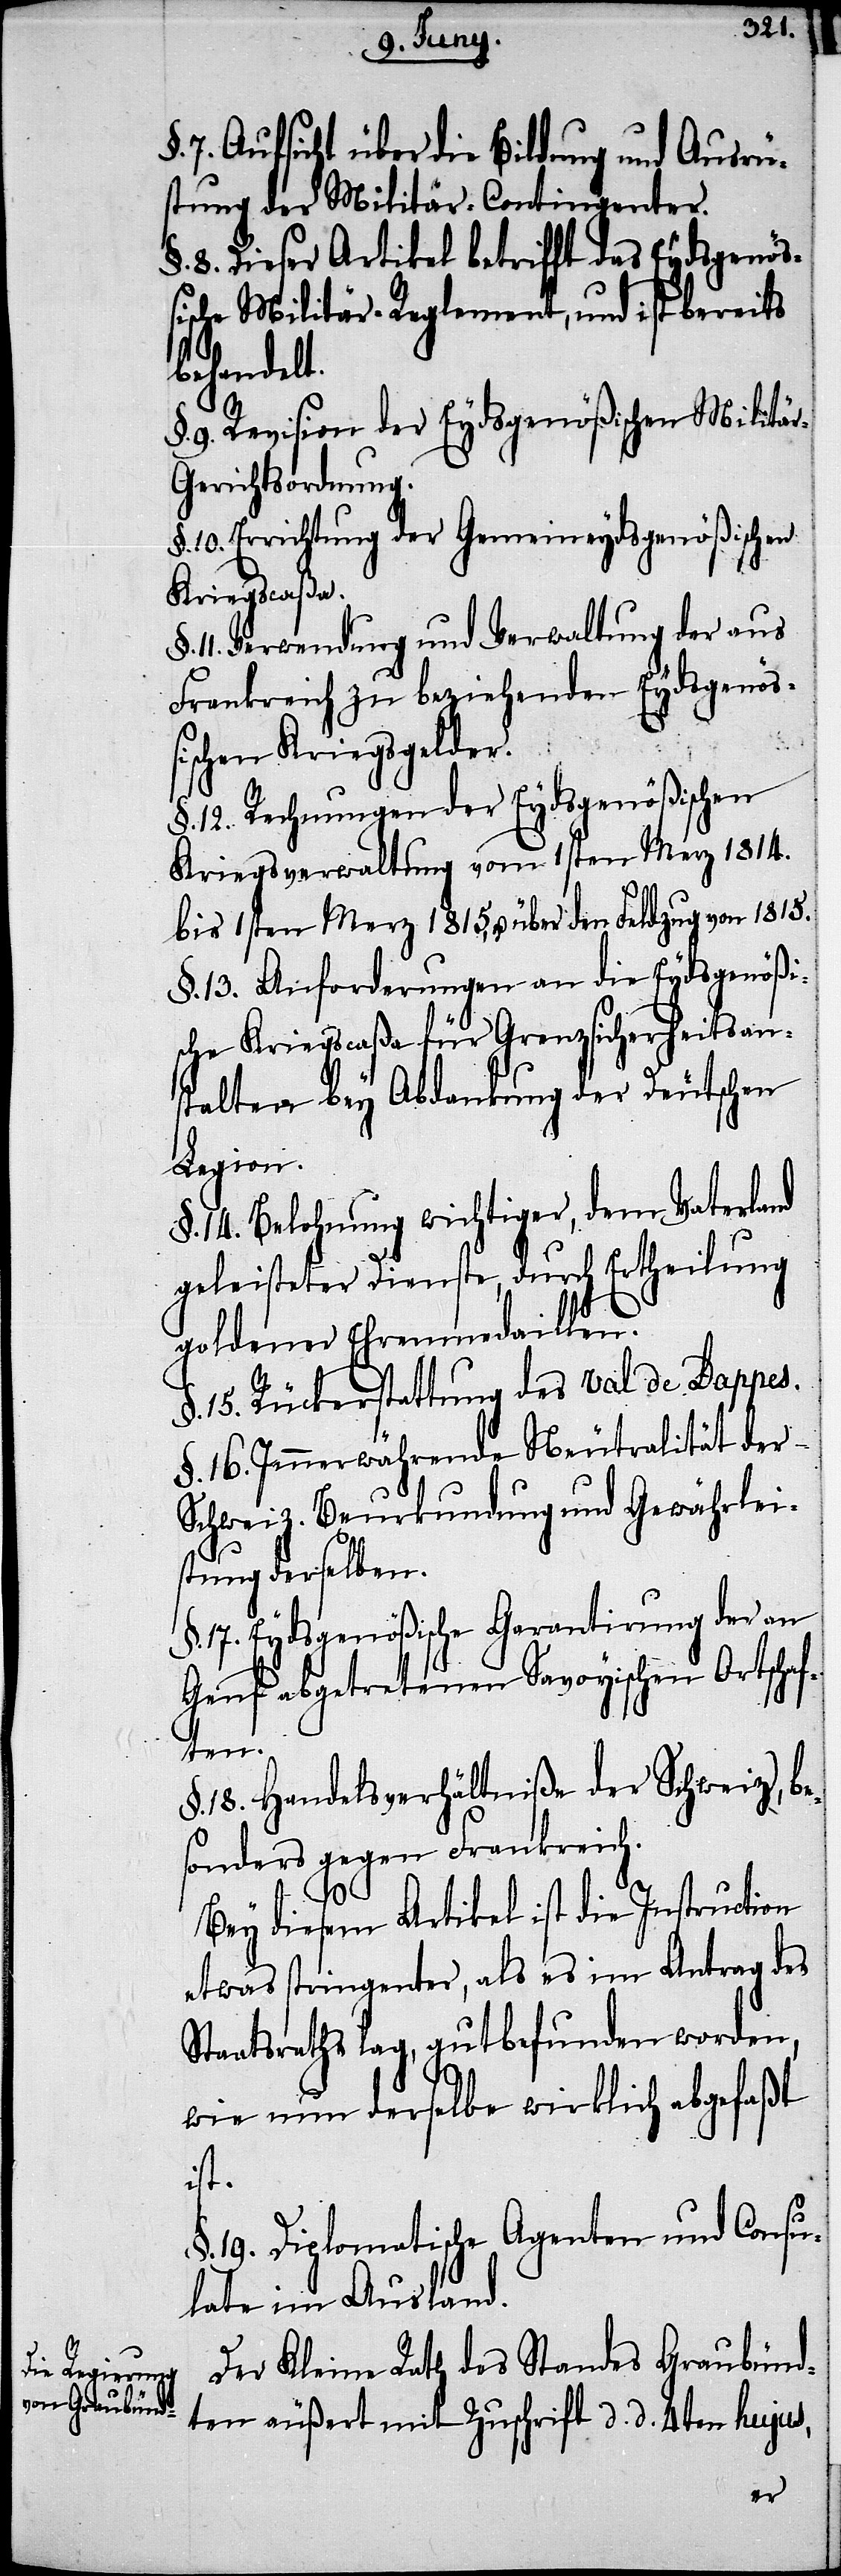
Aufsicht über die Bildung und Ausrü¬
stung der Militär-Contingenter.
Dieser Artikel betrifft das Eydsgenößi¬
sche Militär-Reglement, und ist bereits
behandelt.
Revision der Eydsgenößischen Militä¬
r-Gerichtsordnung.
Errichtung der Gemeineydsgenößischen
Kriegscaßa.
Verwendung und Verwaltung der aus
Frankreich zu beziehenden Eydsgenöß¬
ischen Kriegsgelder.
Rechnungen der Eydsgenößischen
Kriegsverwaltung vom 1sten Merz 1814.
bis 1sten Merz 1815, u. über den Feldzug von 1815.
Anforderungen an die Eydsgenößi¬
sche Kriegscaßa für Grenzsicherheitsan¬
stalten bey Abdankung der Deutschen
Legion.
Belohnung wichtiger, dem Vaterland
geleisteter Dienste durch Ertheilung
goldener Ehrenmedaillen.
Rückerstattung des Val de Dappes.
Immerwährende Neutralität der
Schweiz. Beurkundung und Gewährlei¬
stung derselben.
Eydsgenößische Garantirung der an
Genf abgetretenen Savoyischen Ortschaf¬
ten.
Handelsverhältniße der Schweiz, be¬
sonders gegen Frankreich.
Bey diesem Artikel ist die Instruction
etwas stringenter, als es im Antrag des
Staatsraths lag, gutbefunden worden,
wie nun derselbe wirklich abgefaßt
ist.
Diplomatische Agenten und Consu¬
late im Ausland.
Der Kleine Rath des Standes Graubünd¬
ten äußert mit Zuschrift d. d. 4ten hujus,